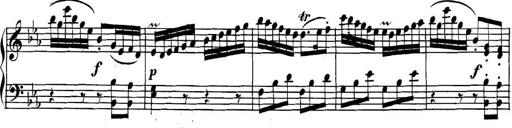
Title: Collected Piano Sonatas
Composer: Muzio Clementi